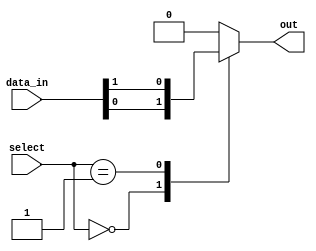
module mux_512_1 (
    input [511:0] data_in,
    input [8:0] select,
    output reg out
);

always @ (*) begin
    case (select)
        9'b000000000: out = data_in[0];
        9'b000000001: out = data_in[1];
        // add more cases for all 512 data input lines
        default: out = 1'b0; // default output when select line is invalid
    endcase
end

endmodule